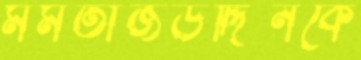
মমতাজউদ্দিনকে